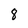
Character: 8